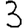
Digit: 3